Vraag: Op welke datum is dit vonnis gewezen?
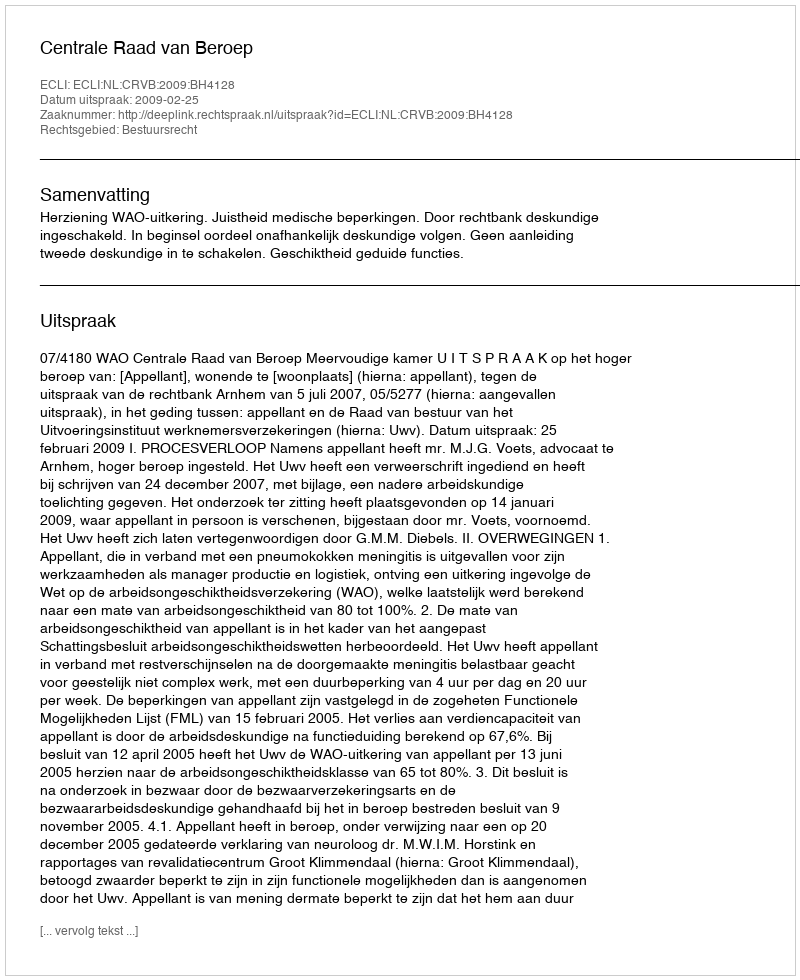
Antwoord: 2009-02-25